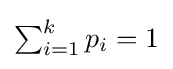
\textstyle {\sum _{i=1}^{k}p_{i}=1}